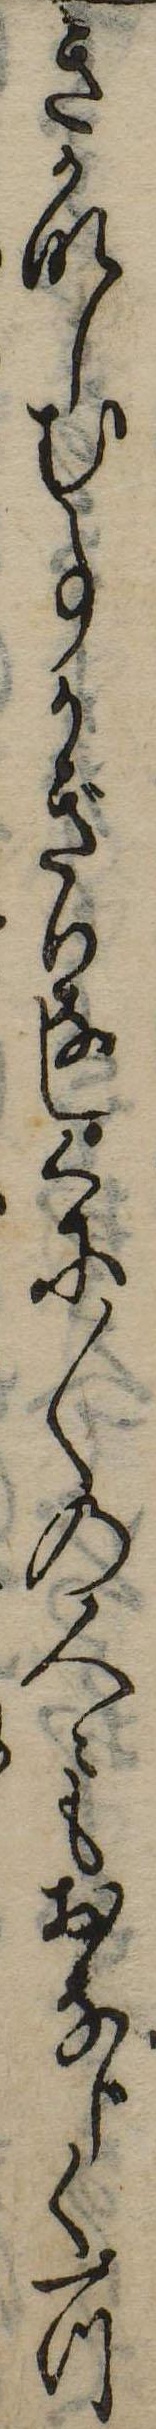
きかなしむ事かぎりなしくに〱の人ともおなじく一つ